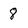
Character: 8